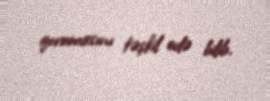
qorumasını təşkil edə bilib.